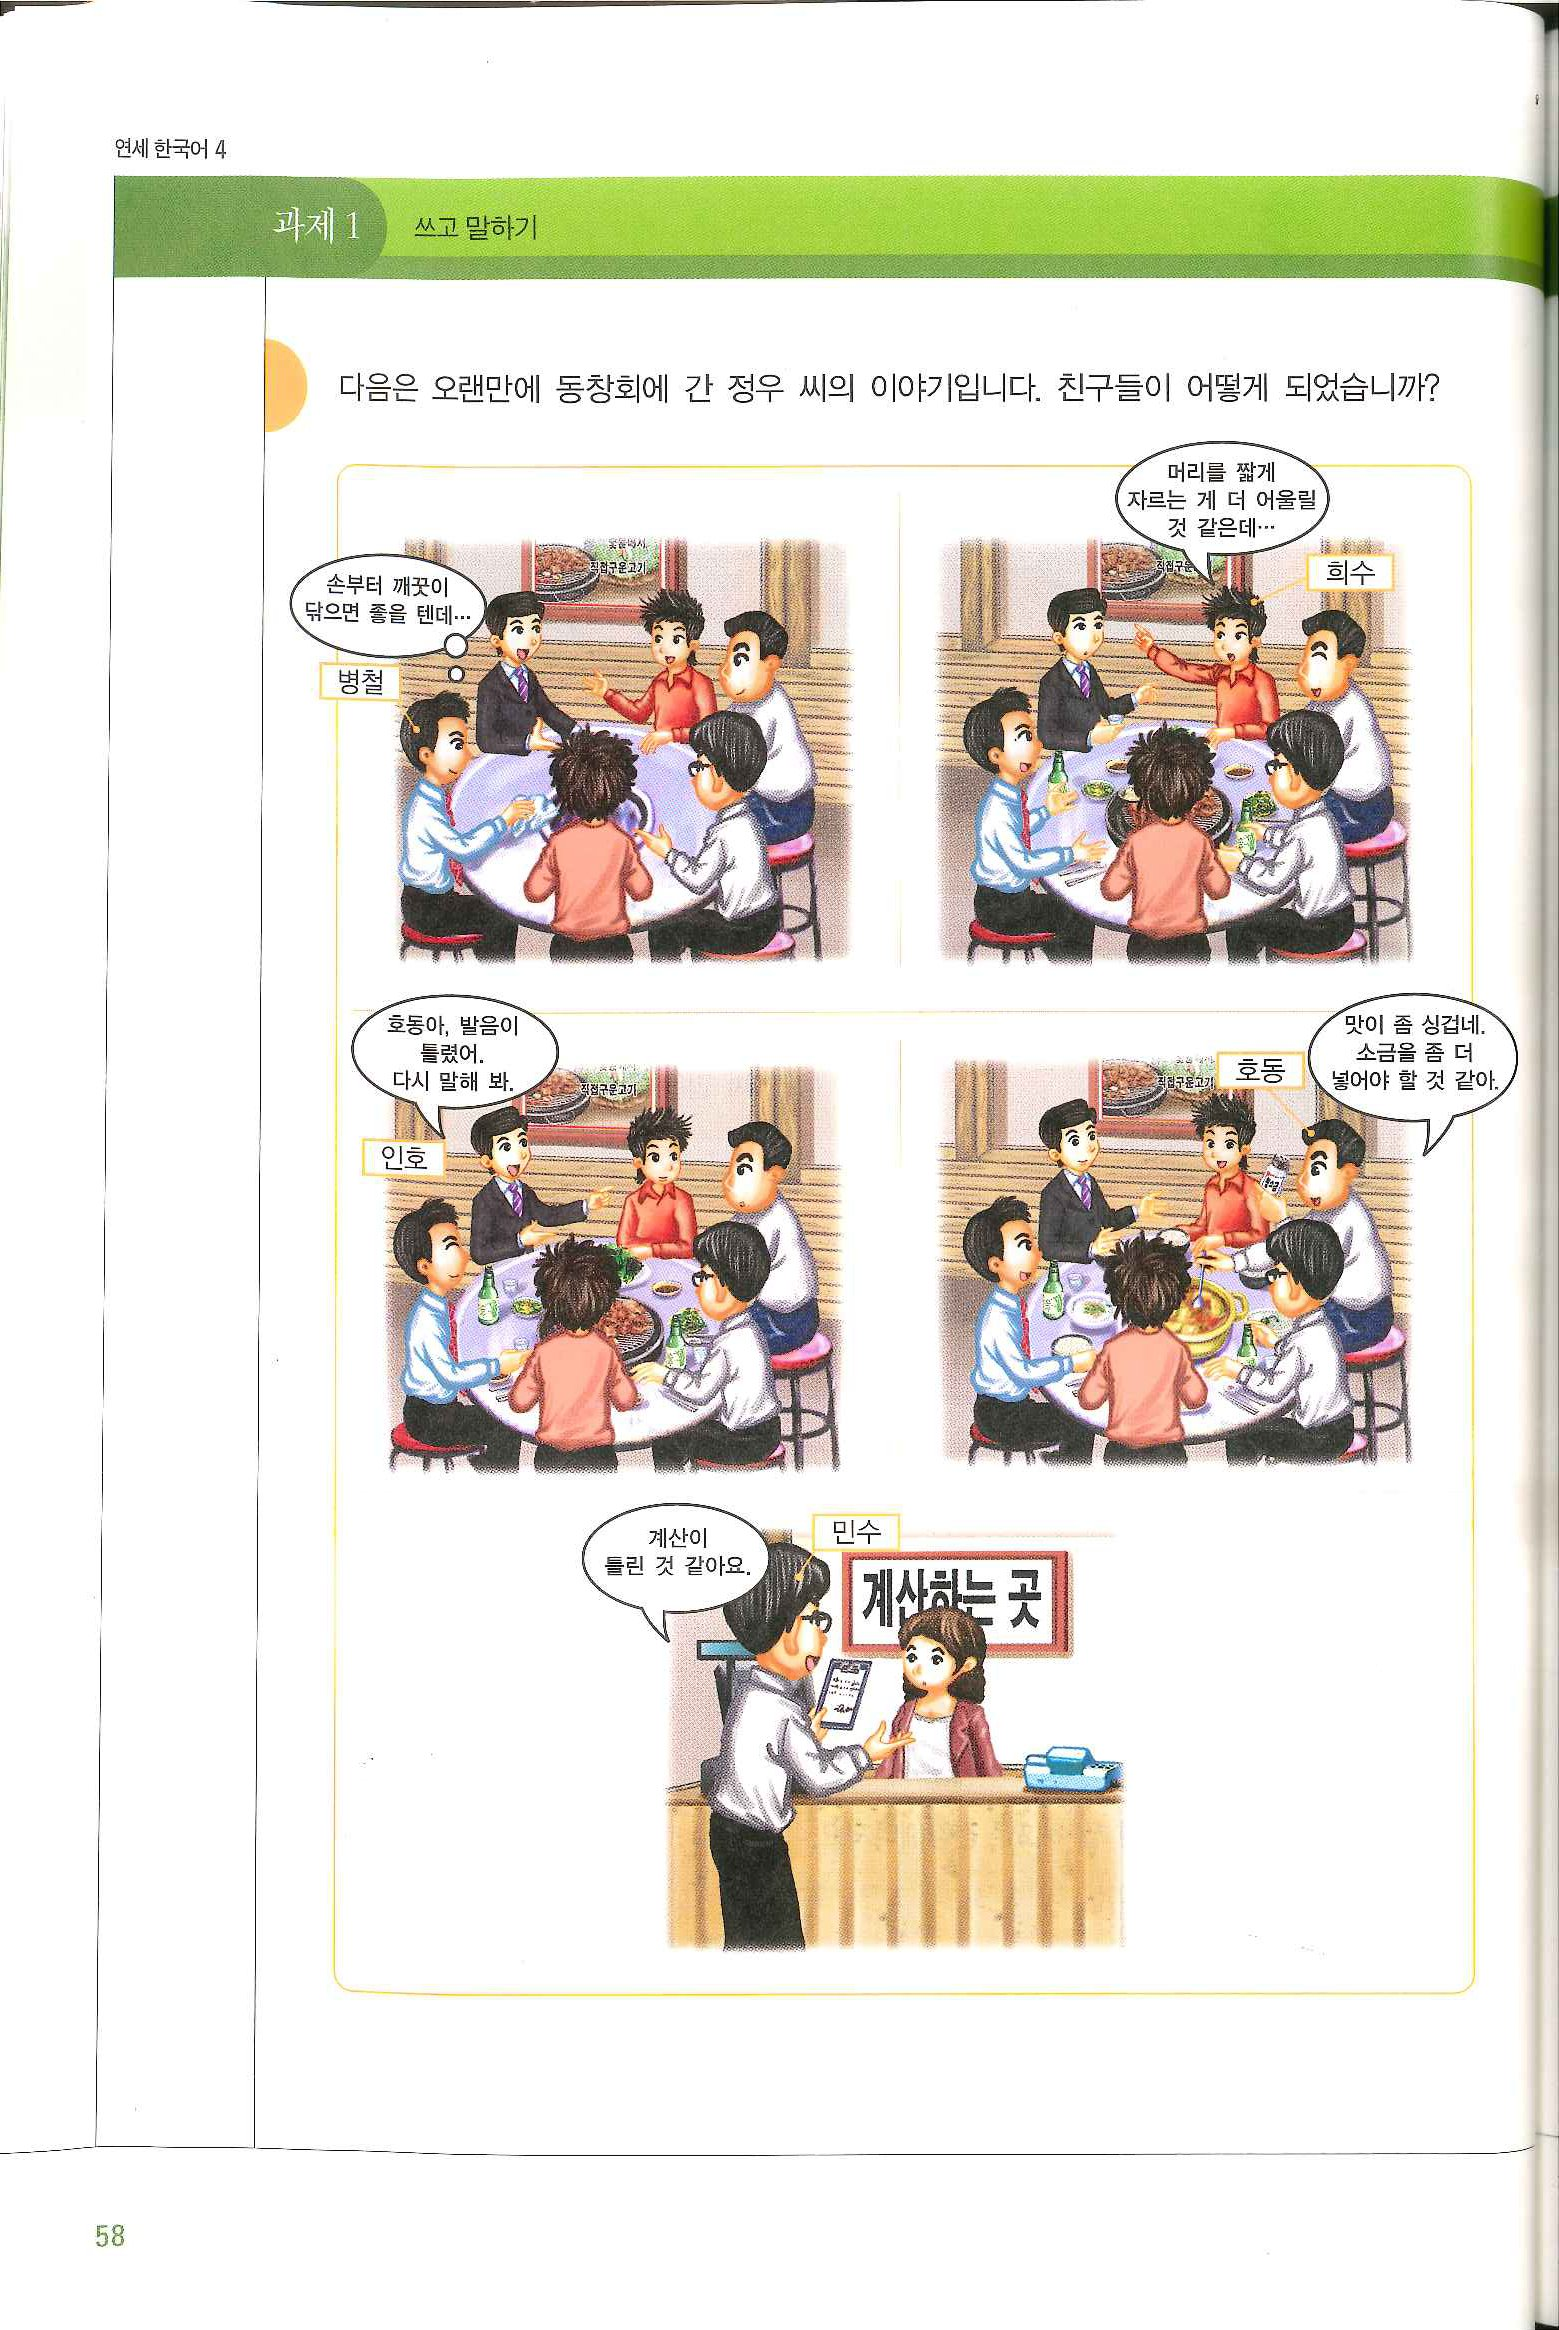
Language: ko